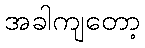
အခါကျတော့